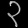
Digit: ၃